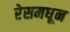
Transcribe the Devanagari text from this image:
रेसमधून